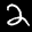
Label: 2